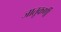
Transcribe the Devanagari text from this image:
जातूकर्णी